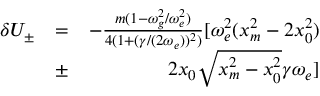
\begin{array} { r l r } { \delta U _ { \pm } } & { = } & { - \frac { m ( 1 - \omega _ { g } ^ { 2 } / \omega _ { e } ^ { 2 } ) } { 4 ( 1 + ( \gamma / ( 2 \omega _ { e } ) ) ^ { 2 } ) } [ \omega _ { e } ^ { 2 } ( x _ { m } ^ { 2 } - 2 x _ { 0 } ^ { 2 } ) } \\ & { \pm } & { 2 x _ { 0 } \sqrt { x _ { m } ^ { 2 } - x _ { 0 } ^ { 2 } } \gamma \omega _ { e } ] } \end{array}